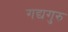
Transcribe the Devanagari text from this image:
गद्यगुरु